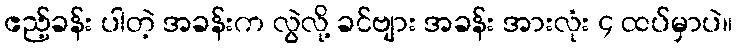
ဧည့်ခန်း ပါတဲ့ အခန်းက လွဲလို့ ခင်ဗျား အခန်း အားလုံး ၄ ထပ်မှာပဲ။